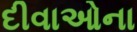
દીવાઓના